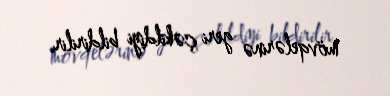
mövqelərinə geri çəkildiyi bildirilir.